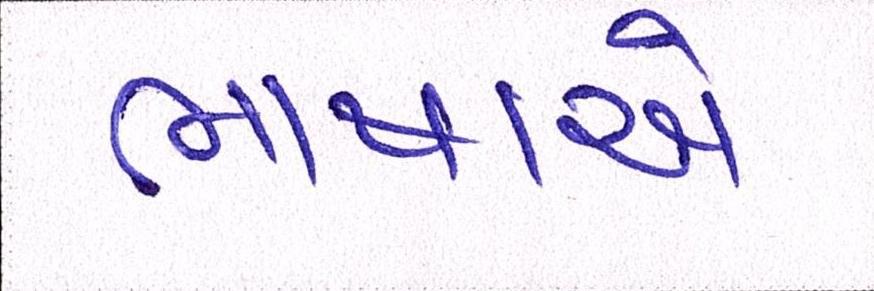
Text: ભાષાએ